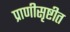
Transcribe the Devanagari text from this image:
प्राणीसृष्टीत